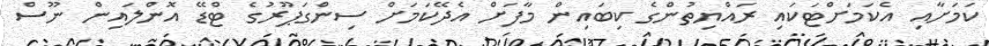
ކަމަށާއި އެކަމަށްޓަކައި ރައްޔިތުންގެ ކިބައިން މާފަށް އެދޭކަމަށް ސިންގަޕޫރުގެ ޓްޑޭ އޮންލައިން ނޫސް